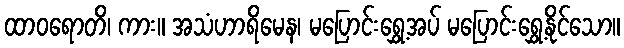
ထာဝရောတိ၊ ကား။ အသံဟာရိမေန၊ မပြောင်းရွှေ့အပ် မပြောင်းရွှေ့နိုင်သော။